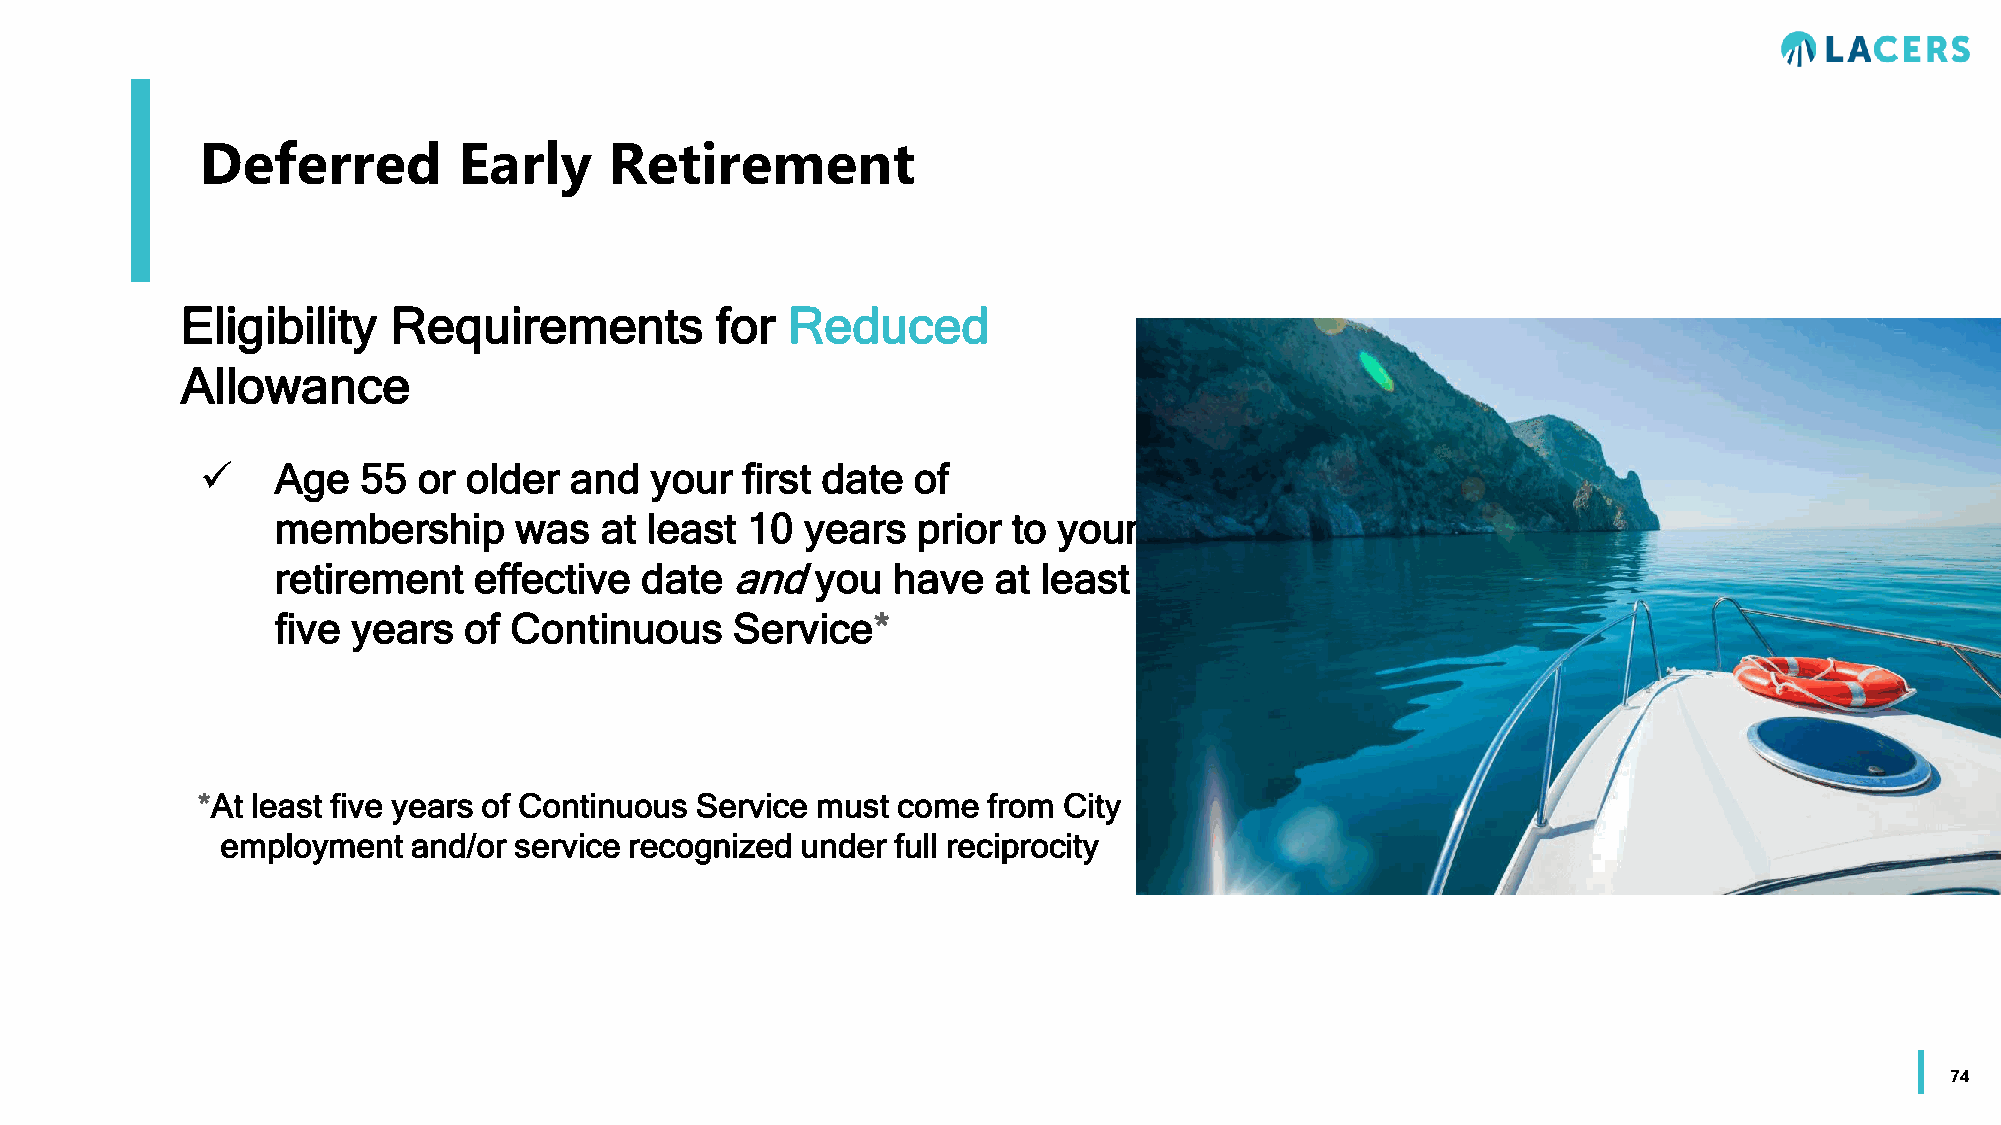
Deferred         Early     Retirement
 Eligibility   Requirements         for  Reduced
 Allowance
     Age   55  or older  and  your  first date of
 membership      was   at least 10  years   prior to your
 retirement   effective  date  andyou     have   at least
 five years   of Continuous    Service*
 *At least five years of Continuous Service must come from City
 employment  and/or service recognized under full reciprocity
 74